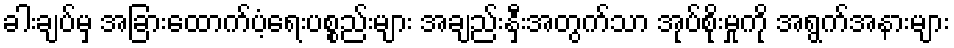
ခါးချပ်မှ အခြားထောက်ပံ့ရေးပစ္စည်းများ အချည်းနှီးအတွက်သာ အုပ်စိုးမှုကို အရွက်အနားများ